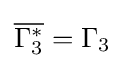
{\overline {\Gamma _{3}^{*}}}=\Gamma _{3}